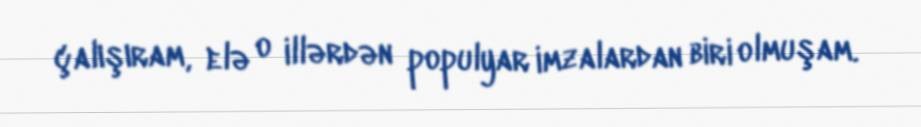
çalışıram, elə o illərdən populyar imzalardan biri olmuşam.